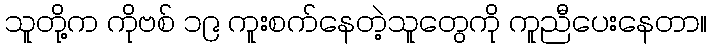
သူတို့က ကိုဗစ် ၁၉ ကူးစက်နေတဲ့သူတွေကို ကူညီပေးနေတာ။